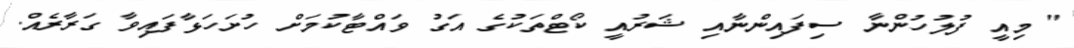
" މިއީ ފުލުހުންނާ ސިފައިންނާއި ޝަރުއީ ކޯޓްތަކުގެ އަގު ވައްޓާކުމަށް ހުށަހަޅާފައިވާ ގަރާރެއް.